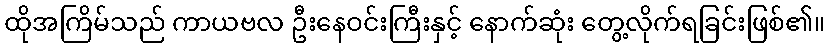
ထိုအကြိမ်သည် ကာယဗလ ဦးနေဝင်းကြီးနှင့် နောက်ဆုံး တွေ့လိုက်ရခြင်းဖြစ်၏။